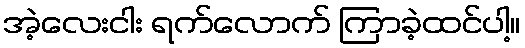
အဲ့လေးငါး ရက်လောက် ကြာခဲ့ထင်ပါ့။